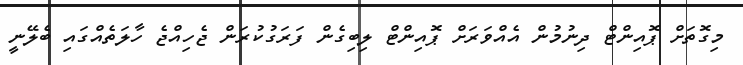
މިގޮތަށް ޕޮއިންޓް ދިނުމުން އެއްވަރަށް ޕޮއިންޓް ލިބިގެން ފަރަގުކުރަން ޖެހިއްޖެ ހާލަތެއްގައި ބެލޭނީ